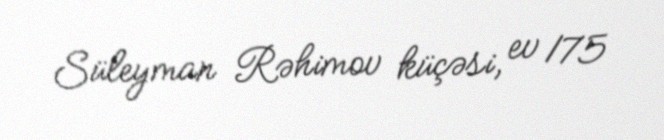
Süleyman Rəhimov küçəsi, ev 175